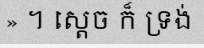
» ។ ស្តេច ក៏ ទ្រង់